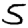
Digit: 5